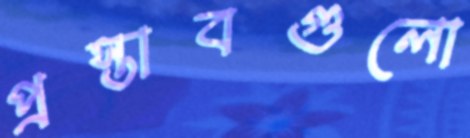
প্রস্তাবগুলো